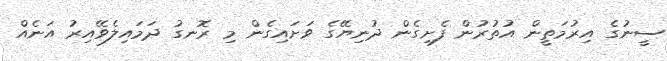
ސީނުގެ އިރުމަތީން އުތުރުން ފެށިގެން ދުނިޔޭގެ ވަށައިގެން މި ރޮނގު ދަމައިލެވޭއިރު އަނެއް